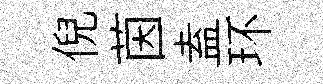
倪茵盍环